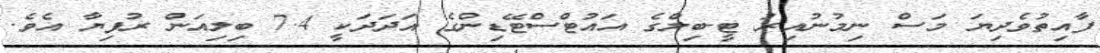
ފާއިތުވެދިޔަ މަސް ނިމުނުއިރު ޓީ-ބިލްގެ އައުޓްސްޓޭޑިންގެ އަދަދަކީ 7.4 ބިލިއަން ރުފިޔާ އެވެ.